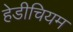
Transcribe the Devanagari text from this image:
हेडीचियम